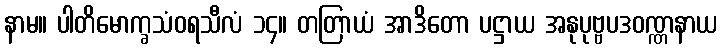
နာမ။ ပါတိမောက္ခသံဝရသီလံ ၁၄။ တတြာယံ အာဒိတော ပဋ္ဌာယ အနုပုဗ္ဗပဒဝဏ္ဏနာယ